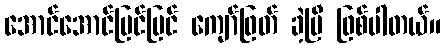
အောင်အောင်မြင်မြင် ကျော်ဖြတ် ခဲ့ပြီ ဖြစ်ပါတယ်။